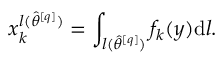
x _ { k } ^ { l ( \hat { \theta } ^ { [ q ] } ) } = \int _ { l ( \hat { \theta } ^ { [ q ] } ) } f _ { k } ( \boldsymbol { y } ) \mathrm { d } l .